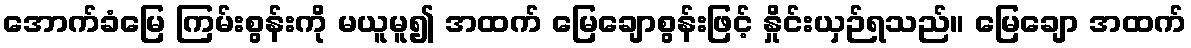
အောက်ခံမြေ ကြမ်းစွန်းကို မယူမူ၍ အထက် မြေချောစွန်းဖြင့် နှိုင်းယှဉ်ရသည်။ မြေချော အထက်